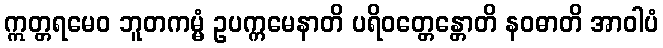
ဣတ္တရမေဝ ဘူတကမ္မံ ဥပက္ကမေနာတိ ပရိဝတ္တေန္တောတိ နဝဓာတိ အာဝါပံ